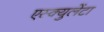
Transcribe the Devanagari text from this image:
एस्क्युलेंटा